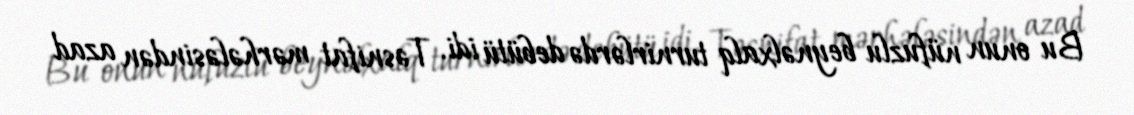
Bu onun nüfuzlu beynəlxalq turnirlərdə debütü idi. Təsnifat mərhələsindən azad